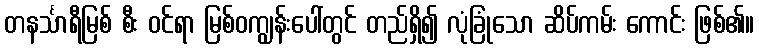
တနင်္သာရီမြစ် စီး ဝင်ရာ မြစ်ဝကျွန်းပေါ်တွင် တည်ရှိ၍ လုံခြုံသော ဆိပ်ကမ်း ကောင်း ဖြစ်၏။